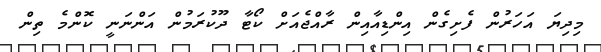
މިދިޔަ އަހަރުން ފެށިގެން އިންޑިއާއިން ރާއްޖެއަށް ކޯޓާ ދޫކުރަމުން އަންނަނީ ކޮންމެ ތިން